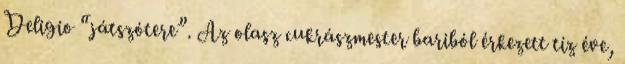
Deligio “játszótere”. Az olasz cukrászmester bariból érkezett tíz éve,